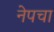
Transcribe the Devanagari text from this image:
नेपचा